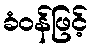
ခံဝန်ဖြင့်